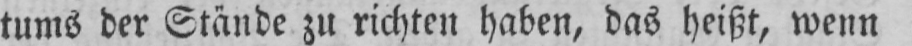
tums der Stände zu richten haben, das heißt, wenn